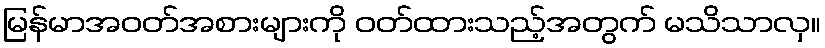
မြန်မာအဝတ်အစားများကို ဝတ်ထားသည့်အတွက် မသိသာလှ။